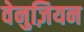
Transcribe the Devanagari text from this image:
वेनुज़ियन